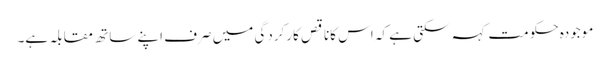
موجودہ حکومت کہہ سکتی ہے کہ اس کاناقص کارکردگی میں صرف اپنے ساتھ مقابلہ ہے۔